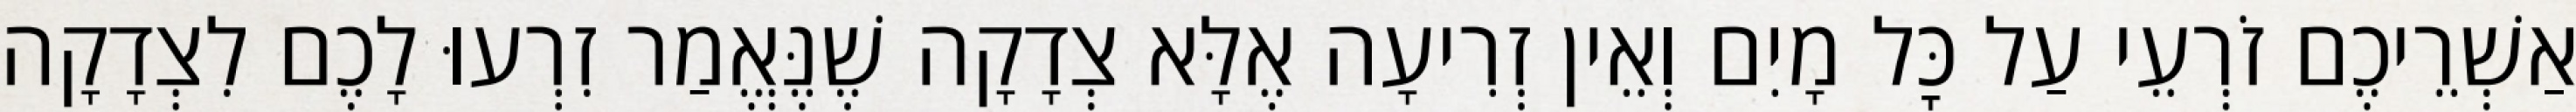
אַשְׁרֵיכֶם זֹרְעֵי עַל כׇּל מָיִם וְאֵין זְרִיעָה אֶלָּא צְדָקָה שֶׁנֶּאֱמַר זִרְעוּ לָכֶם לִצְדָקָה